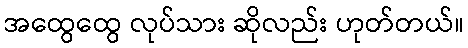
အထွေထွေ လုပ်သား ဆိုလည်း ဟုတ်တယ်။